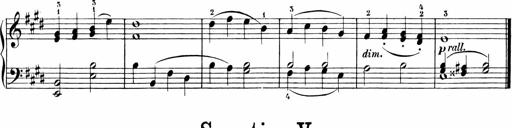
Title: 6 Liedersonatinen
Composer: Carl Reinecke